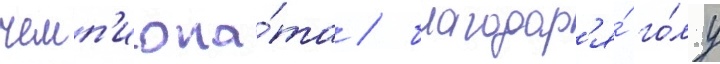
чемп'иона́та / благодар'я́ го́лу